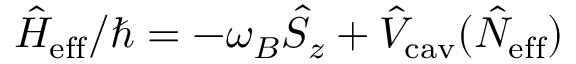
\hat { H } _ { \mathrm { e f f } } / \hbar = - \omega _ { B } \hat { S } _ { z } + \hat { V } _ { \mathrm { c a v } } ( \hat { N } _ { \mathrm { e f f } } )